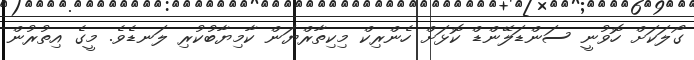
ގޯލަކަށް ހޮވުނީ ސަންޑަލޭންޑް ކޮޅަށް ހެންރިކް މިކިތާރްޔަން ކާމިޔާބުކުރި ލަނޑެވެ. މީގެ އިތުރުން